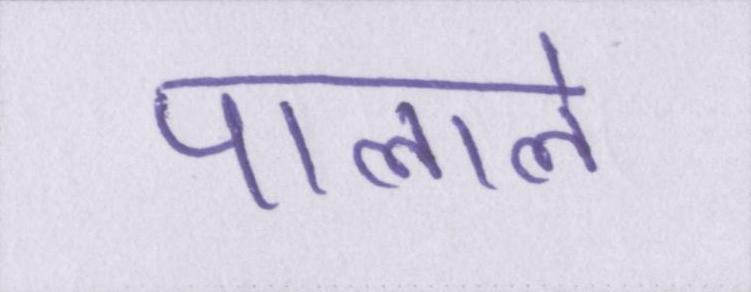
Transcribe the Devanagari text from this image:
पाताले